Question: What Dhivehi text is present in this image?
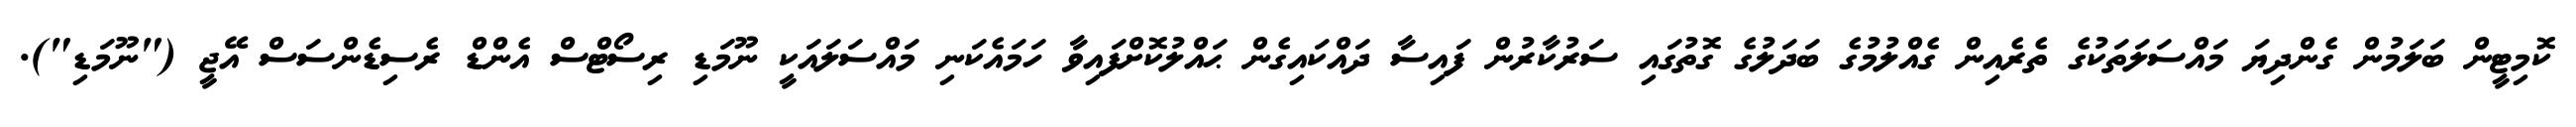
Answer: ކޮމިޓީން ބަލަމުން ގެންދިޔަ މައްސަލަތަކުގެ ތެރެއިން ގެއްލުމުގެ ބަދަލުގެ ގޮތުގައި ސަރުކާރުން ފައިސާ ދައްކައިގެން ޙައްލުކޮށްފައިވާ ހަމައެކަނި މައްސަލައަކީ ނޫމަޑި ރިސޯޓްސް އެންޑް ރެސިޑެންސަސް އޭޖީ ("ނޫމަޑި").